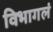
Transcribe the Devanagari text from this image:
विभागलं